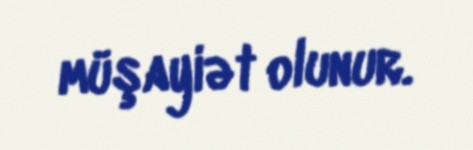
müşayiət olunur.